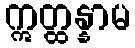
ဣတ္ထန္နာမ